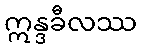
ဣန္ဒခီလဿ